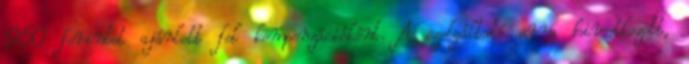
950 forintot ajánlott fel kompenzációként. A szolgáltató arra hivatkozott,